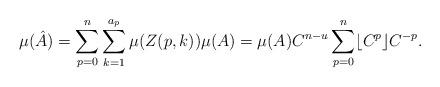
LaTeX: \begin{align*}\mu(\hat{A}) = \sum_{p=0}^n \sum_{k=1}^{a_p} \mu(Z(p,k))\mu(A) = \mu(A) C^{n-u} \sum_{p=0}^n \lfloor C^p \rfloor C^{-p} .\end{align*}